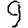
Digit: 9